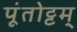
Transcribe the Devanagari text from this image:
पूंतोट्टम्